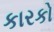
કારકો